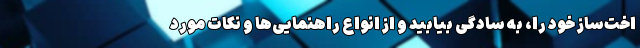
اخت‌ساز خود را، به سادگی بیابید و از انواع راهنمایی‌ها و نکات مورد